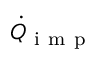
\dot { Q } _ { \mathrm { ~ i ~ m ~ p ~ } }